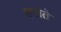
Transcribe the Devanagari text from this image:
एमोते